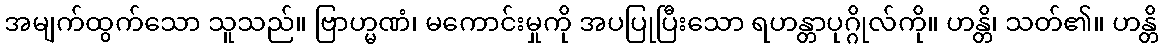
အမျက်ထွက်သော သူသည်။ ဗြာဟ္မဏံ၊ မကောင်းမှုကို အပပြုပြီးသော ရဟန္တာပုဂ္ဂိုလ်ကို။ ဟန္တိ၊ သတ်၏။ ဟန္တိ